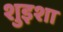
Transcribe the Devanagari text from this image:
शुइशा